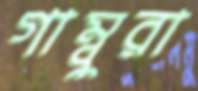
গাম্বুরা